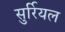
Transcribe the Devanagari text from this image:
सुर्रियल